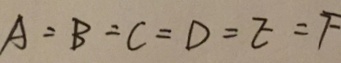
A = B = C = D = E = F